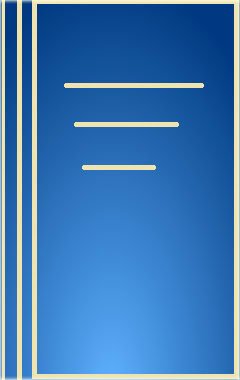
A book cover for Soil Landscape Analysis; Francis D. Hole; Crafts, Hobbies & Home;